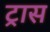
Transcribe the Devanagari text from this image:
ट्रास